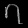
Digit: ၇